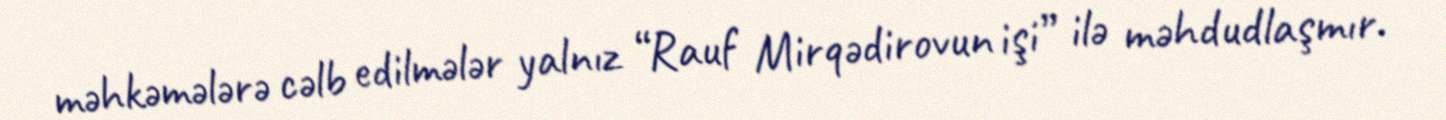
məhkəmələrə cəlb edilmələr yalnız “Rauf Mirqədirovun işi” ilə məhdudlaşmır.